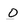
Character: O